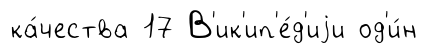
ка́чества 17 В'ик'ип'е́д'иjи од'и́н